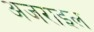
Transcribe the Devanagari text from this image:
अजराइल